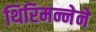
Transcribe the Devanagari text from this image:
थिरिमन्नेने